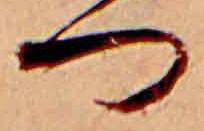
つ